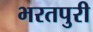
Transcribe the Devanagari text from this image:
भरतपुरी